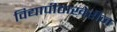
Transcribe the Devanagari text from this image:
विद्यापीठाखेरीज